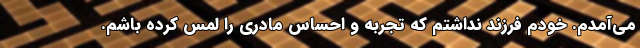
می‌آمدم. خودم فرزند نداشتم که تجربه و احساس مادری را لمس کرده باشم.